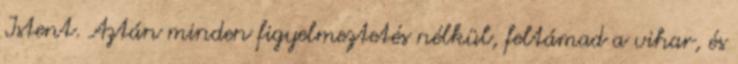
Istent. Aztán minden figyelmeztetés nélkül, feltámad a vihar, és